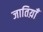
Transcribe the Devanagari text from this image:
जातिय़ाँ